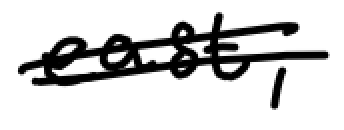
Text: east,
Cross-out: double-line
Writing tool: digital_black